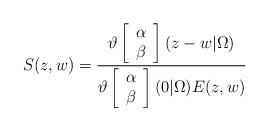
LaTeX: \begin{align*}S(z,w)=\frac{\vartheta\left[\begin{array}{c}\alpha \\\beta\end{array}\right](z-w|\Omega)}{\vartheta\left[\begin{array}{c}\alpha \\\beta\end{array}\right](0|\Omega)E(z,w)}\end{align*}